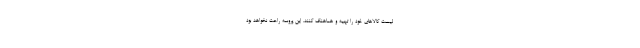
لیست کالاهای خود را تهیه و هماهنگ کنند. این پروسه راحت نخواهد بود